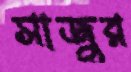
সাজুর